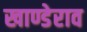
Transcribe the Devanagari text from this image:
खाण्डेराव